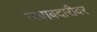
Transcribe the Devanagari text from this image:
जबाबदारीवर